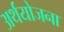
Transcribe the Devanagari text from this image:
अर्थयोजना